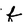
Character: f